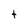
Character: t